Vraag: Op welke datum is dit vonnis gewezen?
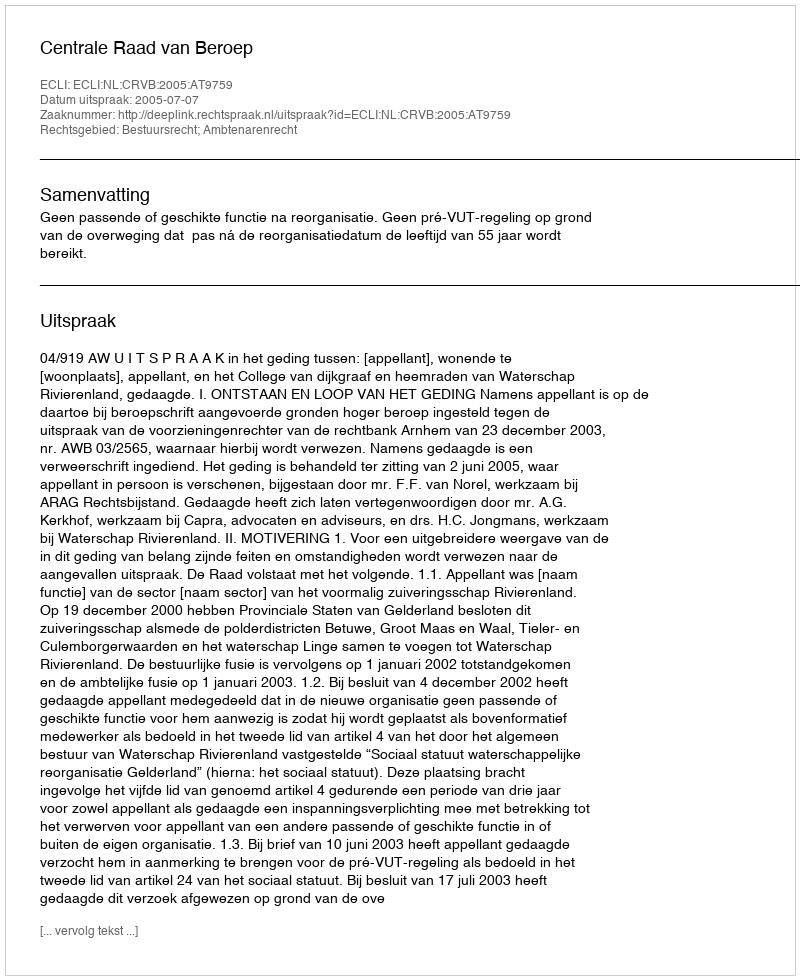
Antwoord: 2005-07-07